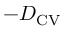
- D _ { \mathrm { C V } }